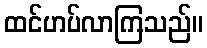
ထင်ဟပ်လာကြသည်။